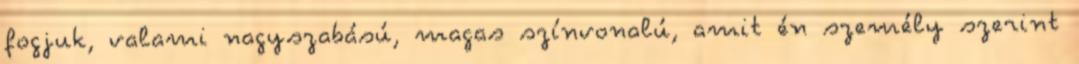
fogjuk, valami nagyszabású, magas színvonalú, amit én személy szerint